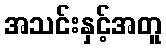
အသင်းနှင့်အတူ